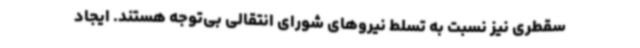
سقطری نیز نسبت به تسلط نیروهای شورای انتقالی بی‌توجه‌ هستند. ایجاد